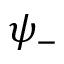
\psi _ { - }